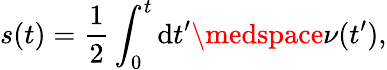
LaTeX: s(t)=\frac{1}{2}\int_{0}^{t}\mathrm{d}t^{\prime}\medspace\nu(t^{\prime}),